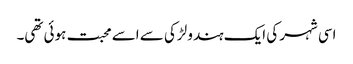
اسی شہر کی ایک ہندو لڑکی سے اسے محبت ہوئی تھی۔